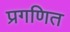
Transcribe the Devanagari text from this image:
प्रगणित